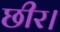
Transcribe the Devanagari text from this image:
छीर।